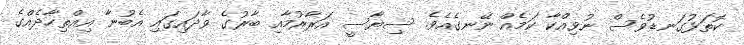
ކޮތަޅުގަނޑުވެސް ނުވިއްކާ ކަމެއް ނޭނގެއެވެ. ސިޔާސީ އަރާރުމާއި ބާރުގެ ވާދައިގައި އެބުނާ އިއްތިހާދެއްގެ